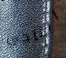
الناجي